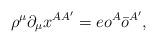
LaTeX: \begin{align*}\rho^\mu\partial_\mu x^{AA'} = e o^A \bar{o}^{A'},\end{align*}